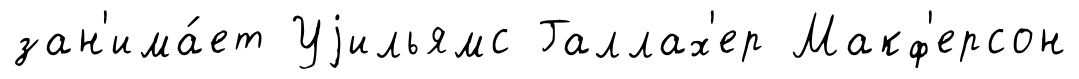
зан'има́ет Уjильямс Галлах'ер Макф'ерсон